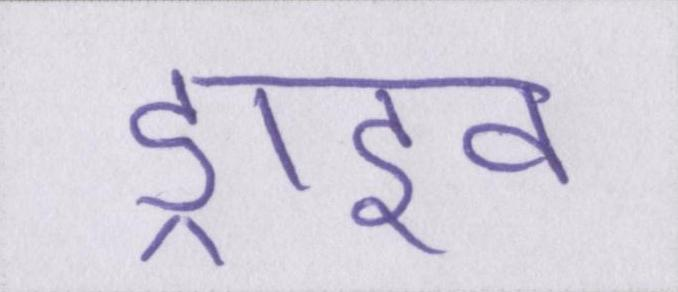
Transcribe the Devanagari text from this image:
ड्राइव